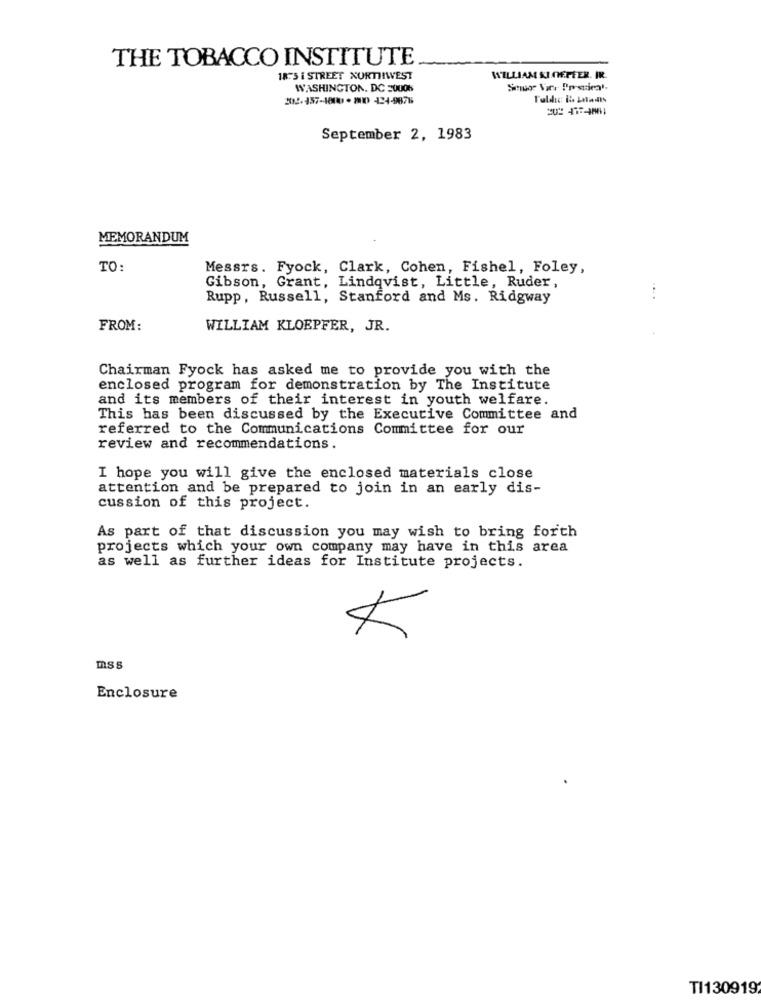
THE TOBACCO INSTITUTE
18.3 i STREET NORTHWEST
WILLIAM SI CHEFFER. IR.
WASHINGTON, DC =0006
2032-457-1800 -2010 124-9878
September 2, 1983
MEMORANDUM
TO:
Messrs. Fyock, Clark, Cohen, Fishel, Foley,
Gibson, Grant, Lindqvist, Little, Ruder,
Rupp, Russell, Stanford and Ms. Ridgway
FROM:
WILLIAM KLOEPFER, JR.
Chairman Fyock has asked me to provide you with the
enclosed program for demonstration by The Institute
and its members of their interest in youth welfare.
This has been discussed by the Executive Committee and
referred to the Communications Committee for our
review and recommendations.
I hope you will give the enclosed materials close
attention and be prepared to join in an early dis-
cussion of this project.
As part of that discussion you may wish to bring forth
projects which your own company may have in this area
as well as further ideas for Institute projects.
mss
Enclosure
TI130919